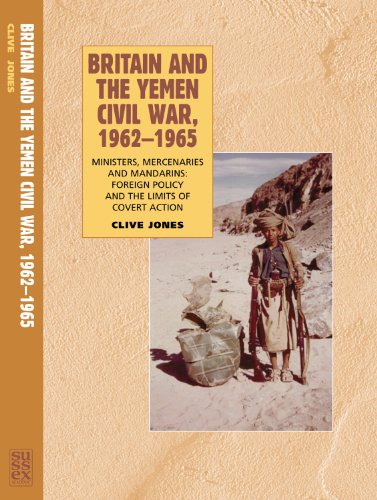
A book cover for Britain and the Yemen Civil War, 1962EE1965: Ministers, Mercenaries and Mandarins: Foreign Policy and the Limits of Covert Action; Clive Jones; History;